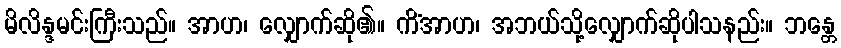
မိလိန္ဒမင်းကြီးသည်။ အာဟ၊ လျှောက်ဆို၏။ ကိံအာဟ၊ အဘယ်သို့လျှောက်ဆိုပါသနည်း။ ဘန္တေ